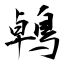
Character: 鵫